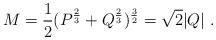
LaTeX: \begin{align*}M = { 1 \over 2 } ( P^ { 2 \over 3} + Q ^ { 2 \over 3} ) ^ {3 \over2}= \sqrt 2 |Q| \ .\end{align*}